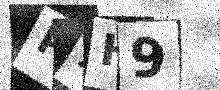
Text: PXH9